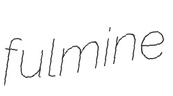
fulmine